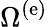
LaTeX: \Omega^{\left(\mathrm{e}\right)}